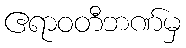
ဧရာဝတီဘဏ်မှ